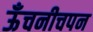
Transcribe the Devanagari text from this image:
ऊँचनीचपन